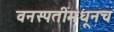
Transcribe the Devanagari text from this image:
वनस्पतींमधूनच